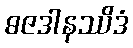
ဓဇဒါနဿိဒံ